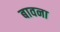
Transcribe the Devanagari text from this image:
बावना